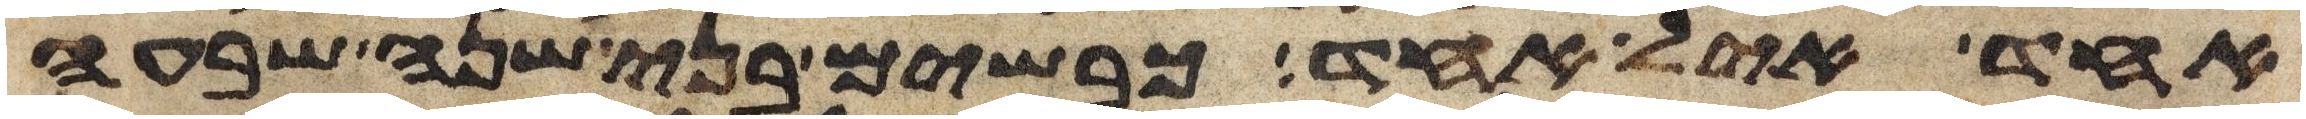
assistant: אחד איל אחד כבשים בני שנה שבעה